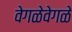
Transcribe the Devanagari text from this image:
वेगळेवेगळे